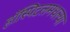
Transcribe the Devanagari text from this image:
हॉस्पिटलमधल्या